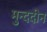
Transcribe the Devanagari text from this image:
मुन्ददीन